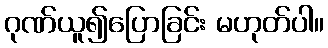
ဂုဏ်ယူ၍ပြောခြင်း မဟုတ်ပါ။